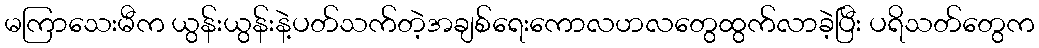
မကြာသေးမီက ယွန်းယွန်းနဲ့ပတ်သက်တဲ့အချစ်ရေးကောလဟလတွေထွက်လာခဲ့ပြီး ပရိသတ်တွေက